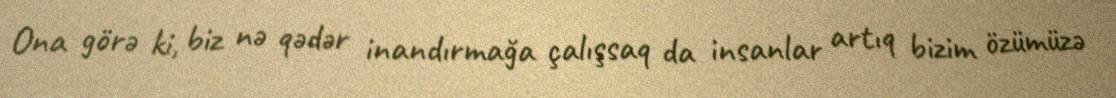
Ona görə ki, biz nə qədər inandırmağa çalışsaq da insanlar artıq bizim özümüzə